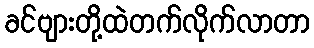
ခင်ဗျားတို့ထဲတက်လိုက်လာတာ